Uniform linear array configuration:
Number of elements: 24
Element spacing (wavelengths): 0.5
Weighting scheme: kaiser
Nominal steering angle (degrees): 30
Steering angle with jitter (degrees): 31.882
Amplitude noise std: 0.05
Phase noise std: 0.05

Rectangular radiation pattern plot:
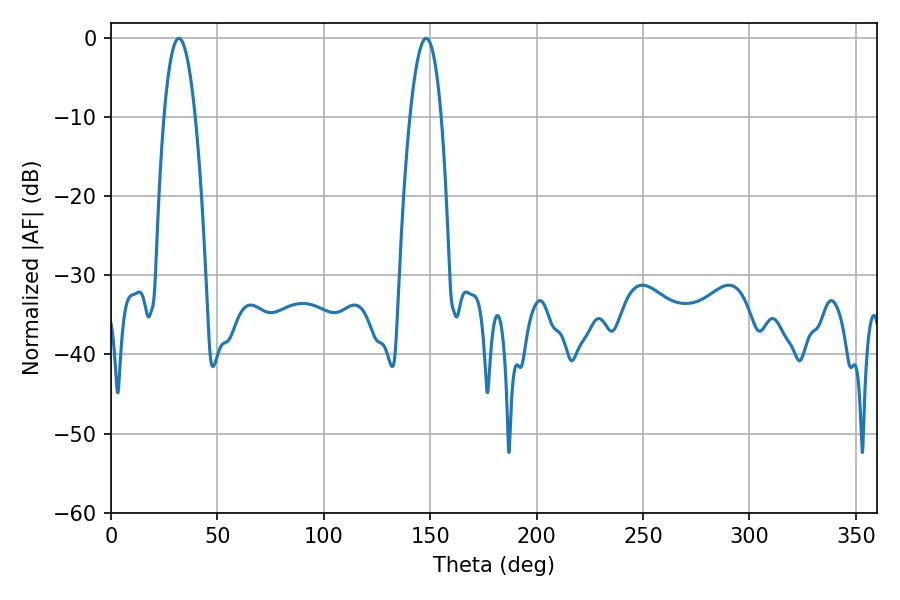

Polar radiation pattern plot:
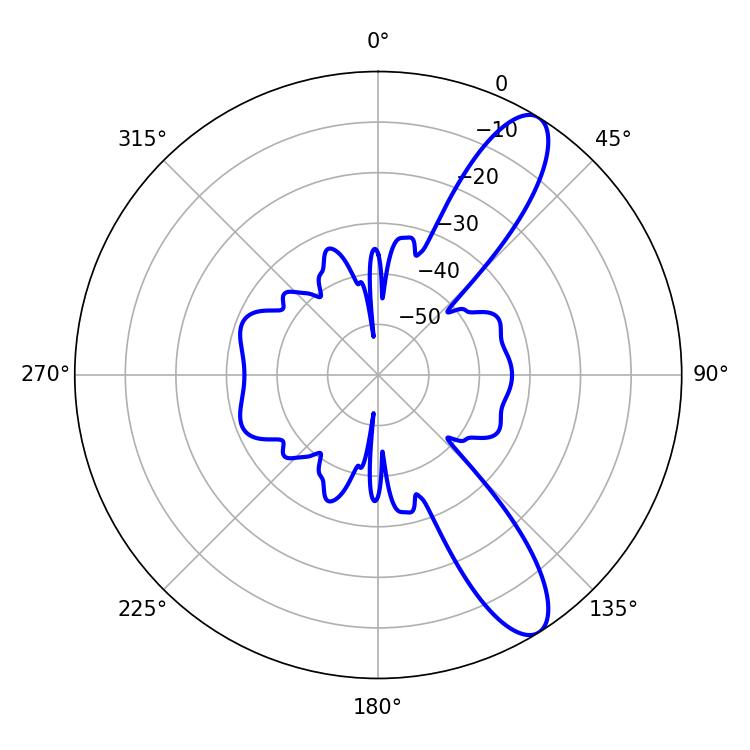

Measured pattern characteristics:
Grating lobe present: FALSE
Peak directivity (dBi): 10.939
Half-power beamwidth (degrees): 8.1
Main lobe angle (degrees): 31.86